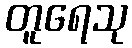
တူရေသု